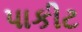
પાકીટ